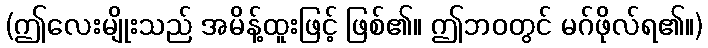
(ဤလေးမျိုးသည် အမိန့်ထူးဖြင့် ဖြစ်၏။ ဤဘဝတွင် မဂ်ဖိုလ်ရ၏။)